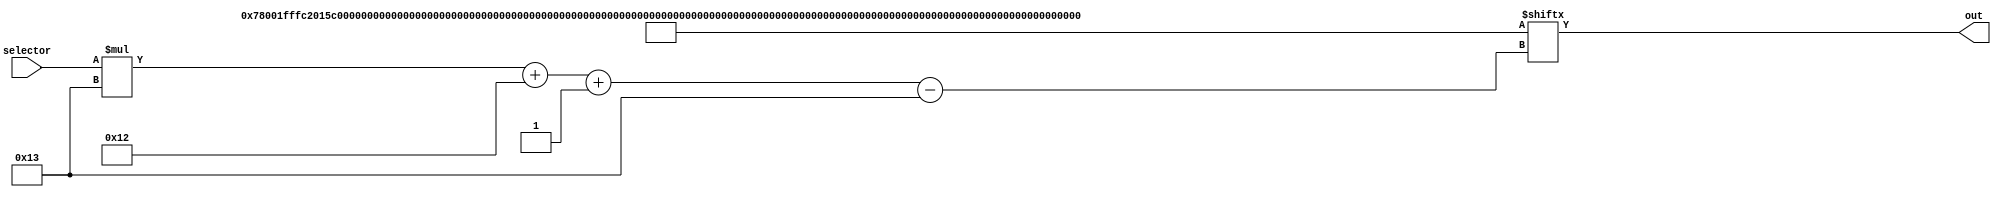
module rom2_13 (
    input [4:0] selector,
    output reg [18:0] out
  );
  
  
  
  localparam INPUTS = 551'h78001fffc2015c380007ff00000f001e00cf1043c08bb761e9fe060f00a5e80402000000000600009000000002400018000c000080002a0001800b8000089698a1f3181080;
  
  always @* begin
    out = INPUTS[(selector)*19+18-:19];
  end
endmodule